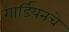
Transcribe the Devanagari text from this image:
गार्डियनचे